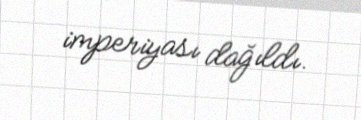
imperiyası dağıldı.